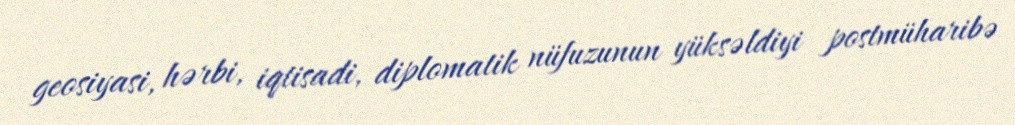
geosiyasi, hərbi, iqtisadi, diplomatik nüfuzunun yüksəldiyi postmüharibə